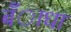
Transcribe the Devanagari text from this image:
बँाधा